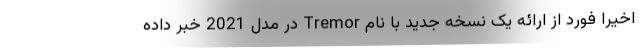
اخیرا فورد از ارائه یک نسخه جدید با نام Tremor در مدل 2021 خبر داده